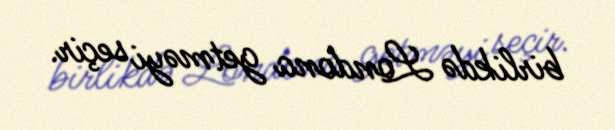
birlikdə Londona getməyi seçir.